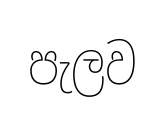
පැලව